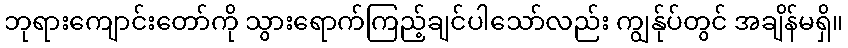
ဘုရားကျောင်းတော်ကို သွားရောက်ကြည့်ချင်ပါသော်လည်း ကျွန်ုပ်တွင် အချိန်မရှိ။